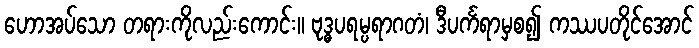
ဟောအပ်သော တရားကိုလည်းကောင်း။ ဗုဒ္ဓပရမ္ပရာဂတံ၊ ဒီပင်္ကရာမှစ၍ ကဿပတိုင်အောင်